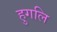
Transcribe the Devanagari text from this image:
हुगलि